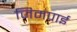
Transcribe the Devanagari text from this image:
जिमपाई